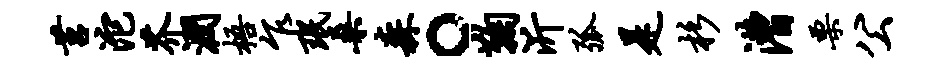
莒沱芥润梧乍珉桑森。鞠沂弧是杉漕栗公